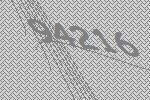
94216